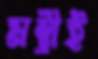
মন্ত্রীই